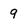
Character: 9